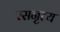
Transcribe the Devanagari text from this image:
रसनृत्य